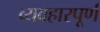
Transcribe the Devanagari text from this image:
व्यवहारपूर्ण